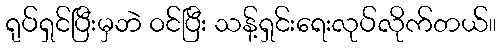
ရုပ်ရှင်ပြီးမှဘဲ ဝင်ပြီး သန့်ရှင်းရေးလုပ်လိုက်တယ်။